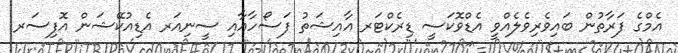
އެމްގެ ފަރާތުން ބައިވެރިވެލެއްވީ އެޑްވޮކަސީ ޑިރެކްޓަރ އާއިޝަތު ފަސޯހާއާއި ސީނިއަރ އެޑިއުކޭޝަން އޮފިސަރ